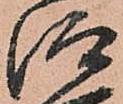
仰